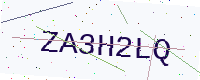
Text: ZA3H2LQ